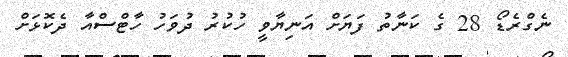
ނެގްރެޑޯ 28 ގެ ކަނާތު ފަޔަށް އަނިޔާވީ ހުކުރު ދުވަހު ހާޓްސްއާ ދެކޮޅަށް